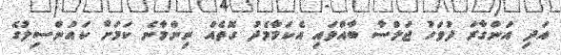
އަދި އަންގާރަ ދުވަހު ޖަލްސާ ބާއްވައި އެކަމާމެދު ގޮތެއް ނިންމާނެ ކަމަށް ކައުންސިލުގެ